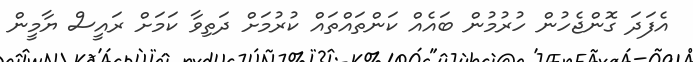
އެފަދަ ގޮންޖެހުން ހުރުމުން ބައެއް ކަންތައްތައް ކުރުމަށް ދަތިވާ ކަމަށް ރައީސް ޔާމީން